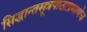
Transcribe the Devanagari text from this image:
सिद्धान्तसूत्रपाठाप्रमाणेच